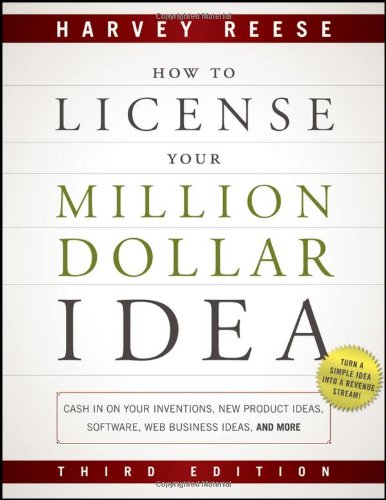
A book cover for How to License Your Million Dollar Idea: Cash In On Your Inventions, New Product Ideas, Software, Web Business Ideas, And More; Harvey Reese; Law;